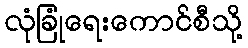
လုံခြုံရေးကောင်စီသို့